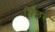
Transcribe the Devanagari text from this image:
भिलर